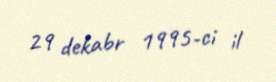
29 dekabr 1995-ci il